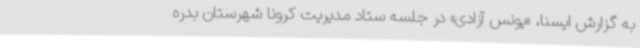
به گزارش ایسنا، «یونس آزادی» در جلسه ستاد مدیریت کرونا شهرستان بدره